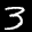
Label: 3